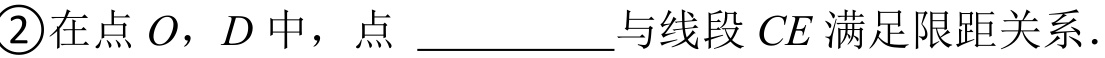
\textcircled{2}在点 \(O\)，\(D\) 中，点 \_\_\_\_\_\_\_\_与线段 \(CE\) 满足限距关系.